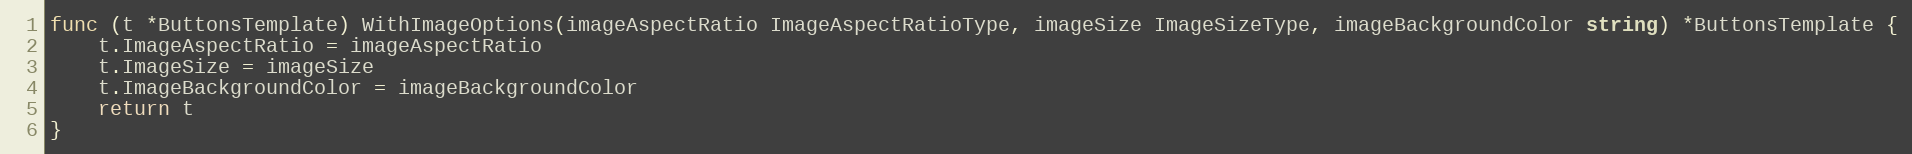
Language: Go
func (t *ButtonsTemplate) WithImageOptions(imageAspectRatio ImageAspectRatioType, imageSize ImageSizeType, imageBackgroundColor string) *ButtonsTemplate {
	t.ImageAspectRatio = imageAspectRatio
	t.ImageSize = imageSize
	t.ImageBackgroundColor = imageBackgroundColor
	return t
}